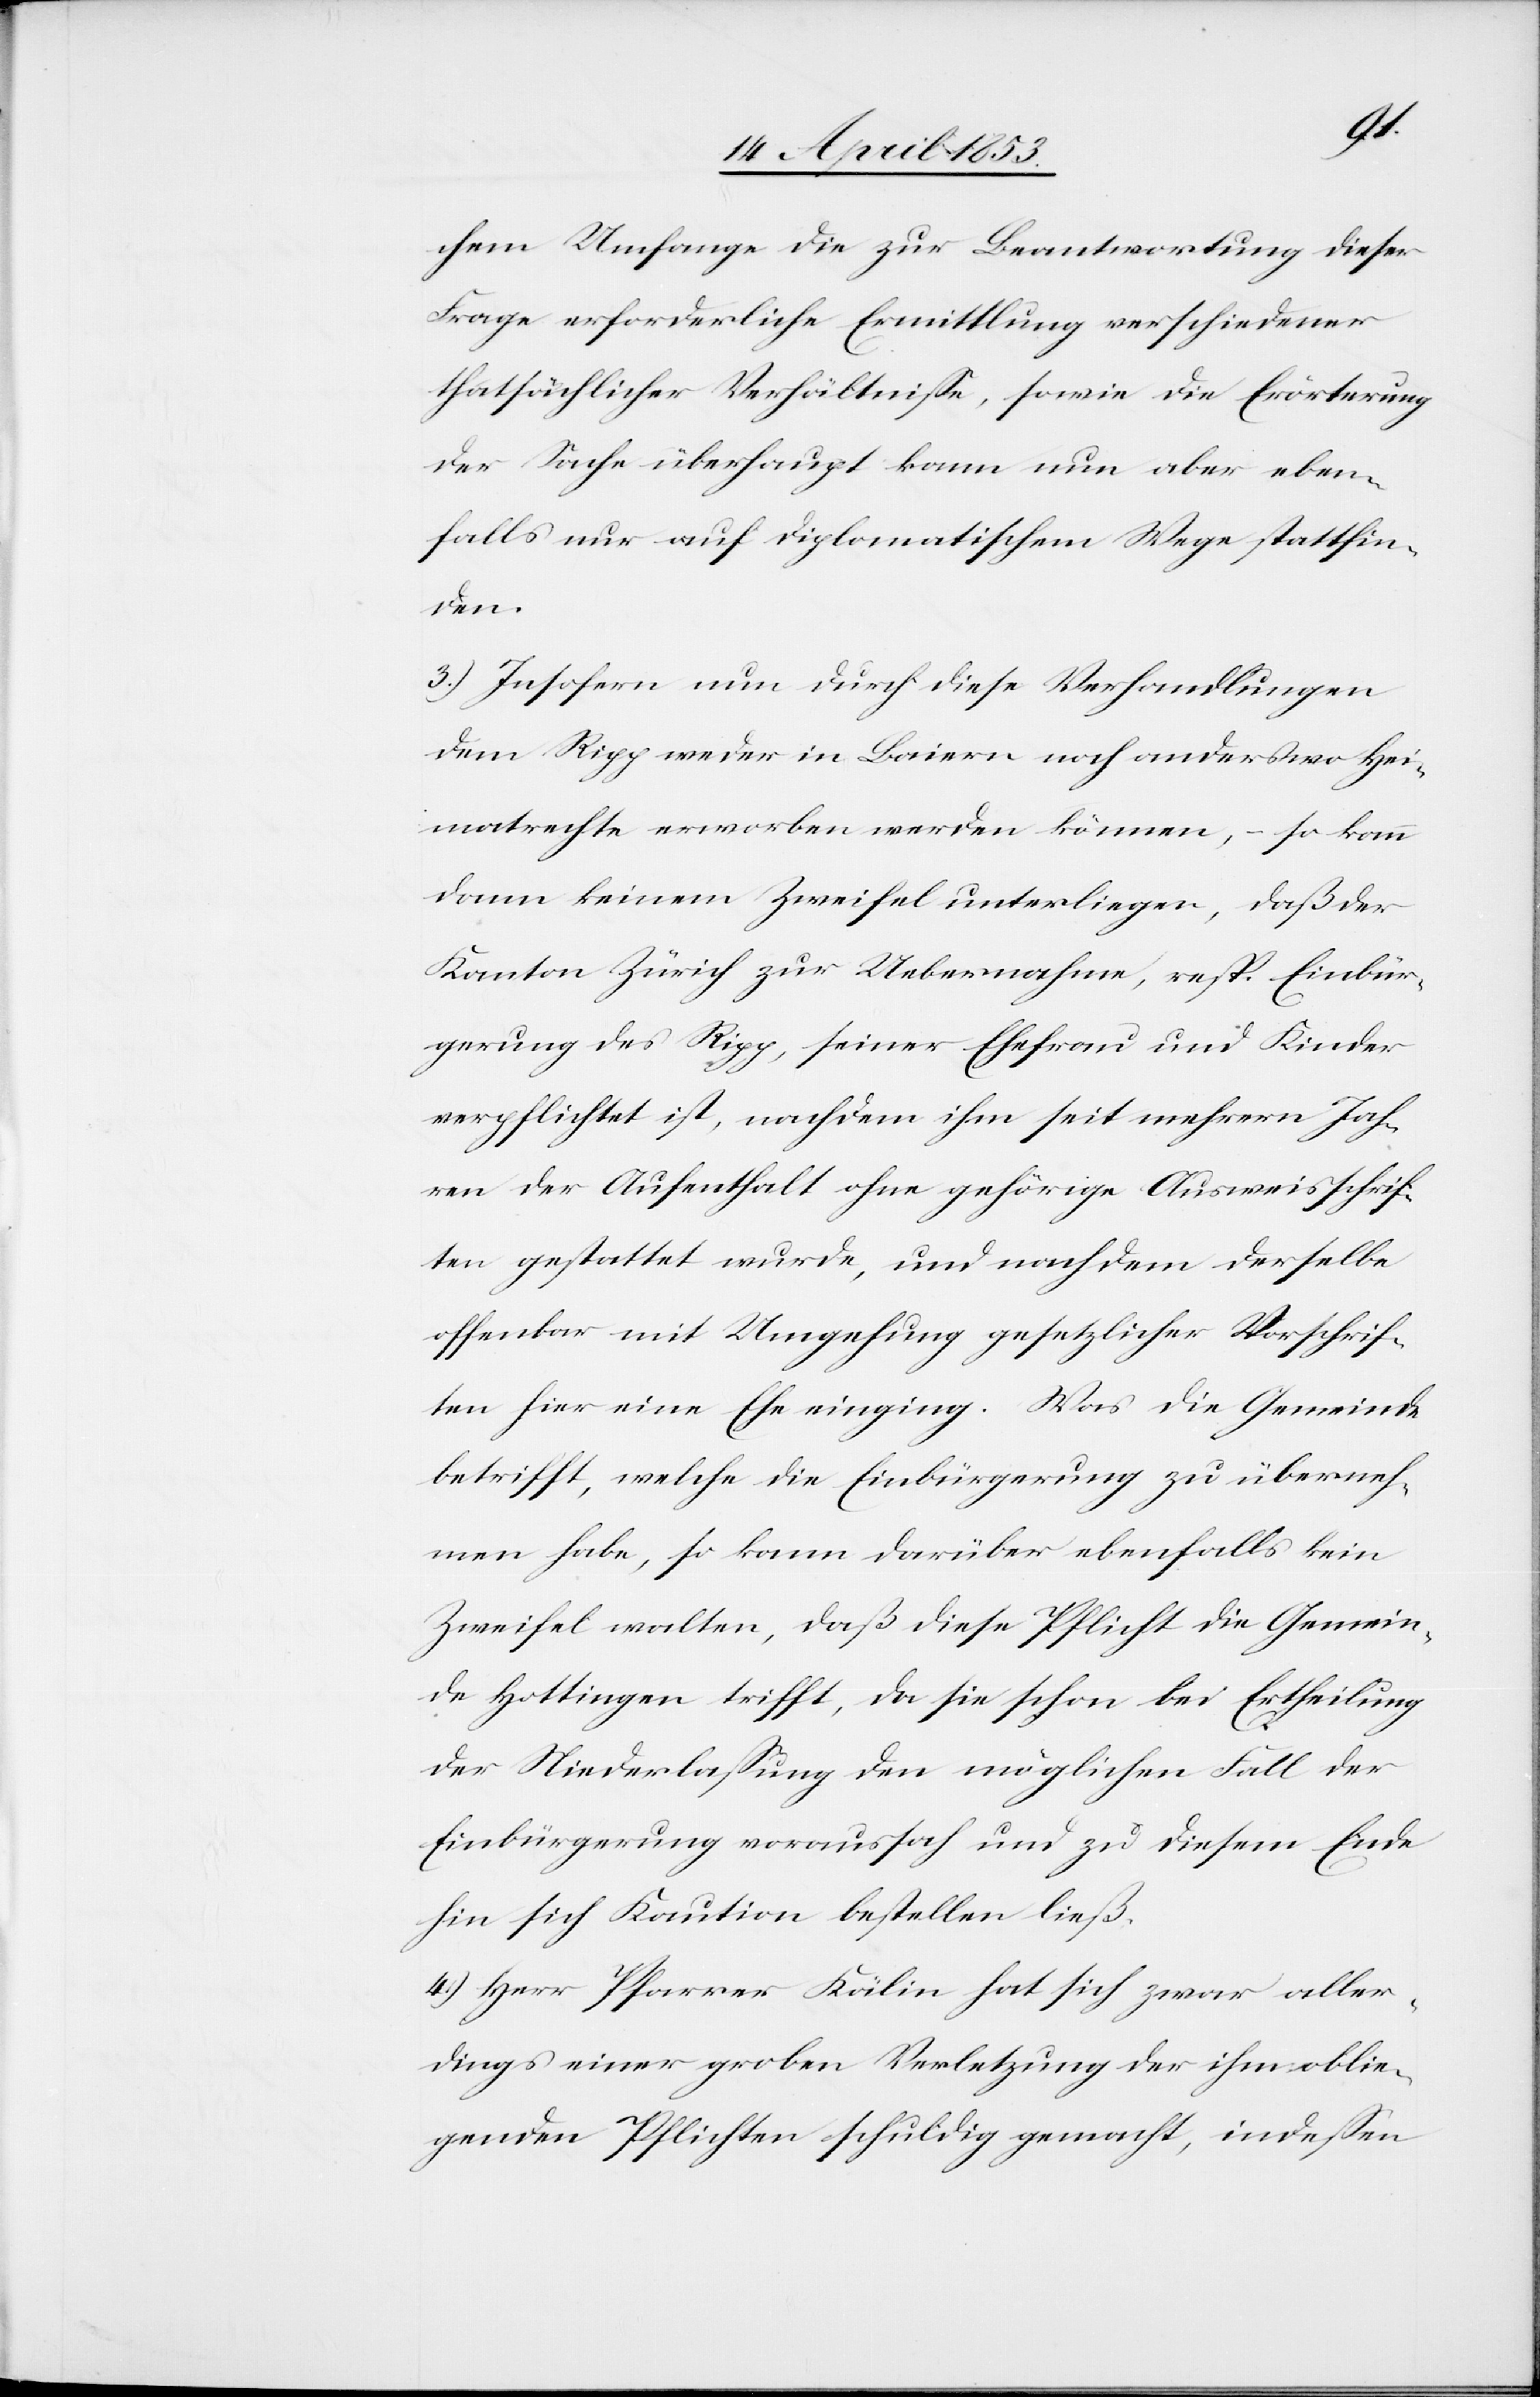
chem Umfange die zur Beantwortung dieser
Frage erforderliche Ermittlung verschiedener
thatsächlicher Verhältniße, sowie die Erörterung
der Sache überhaupt kann nun aber eben¬
falls nur auf diplomatischem Wege stattfin¬
den.
3.) Insofern nun durch diese Verhandlungen
dem Ripp weder in Baiern noch anderswo Hei¬
matrechte erworben werden können, – so kann
dann keinem Zweifel unterliegen, daß der
Kanton Zürich zur Uebernahme, nebst Einbür¬
gerung des Rigg, seiner Ehefrau und Kinder
verpflichtet ist, nachdem ihm seit mehrern Jah¬
ren der Aufenthalt ohne gehörige Ausweisschrif¬
ten gestattet wurde, und nachdem derselbe
offenbar mit Umgehung gesetzlicher Vorschrif¬
ten hier eine Ehe einging. Was die Gemeinde
betrifft, welche die Einbürgerung zu überneh¬
men habe, so kann darüber ebenfalls kein
Zweifel walten, daß diese Pflicht die Gemein¬
de Hottingen trifft, da sie schon bei Ertheilung
der Niederlaßung den möglichen Fall der
Einbürgerung voraussah und zu diesem Ende
hin sich Kaution bestellen ließ.
4.) Herr Pfarrer Kälin hat sich zwar aller¬
dings einer groben Verletzung der ihm oblie¬
genden Pflichten schuldig gemacht, indeßen